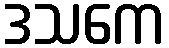
ဒသကေ